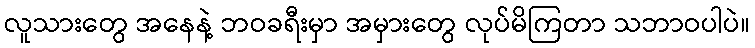
လူသားတွေ အနေနဲ့ ဘဝခရီးမှာ အမှားတွေ လုပ်မိကြတာ သဘာဝပါပဲ။